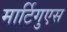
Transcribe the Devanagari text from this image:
मार्टिगुएस